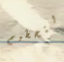
لتحطيم